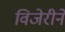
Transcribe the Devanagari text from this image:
विजेरीने